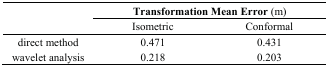
| <ROWSPAN=3>  | <COLSPAN=2> Transformation Mean Error (m) |
 | Isometric | Conformal |
 | --- | --- | --- |
 | direct method | 0.471 | 0.431 |
 | wavelet analysis | 0.218 | 0.203 |